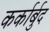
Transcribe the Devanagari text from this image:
कर्कार्बुद